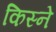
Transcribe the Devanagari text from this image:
किस्ने